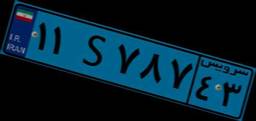
۱۱S۷۸۷۴۳